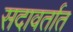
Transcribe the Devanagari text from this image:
सदावर्तात